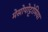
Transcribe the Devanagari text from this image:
मेसोपोट्टोमिया